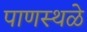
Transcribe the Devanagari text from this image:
पाणस्थळे